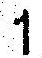
1